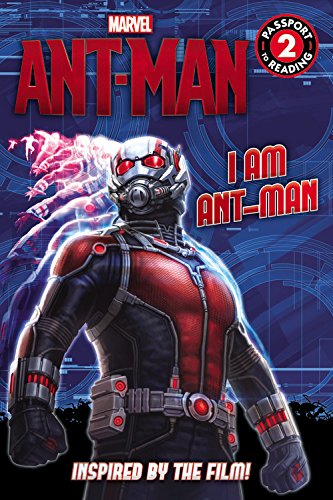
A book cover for Marvel's Ant-Man: I Am Ant-Man (Passport to Reading Level 2); Tomas Palacios; Children's Books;